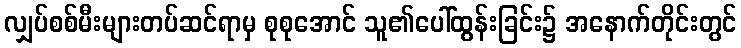
လျှပ်စစ်မီးများတပ်ဆင်ရာမှ စုစုအောင် သူ၏ပေါ်ထွန်းခြင်း၌ အနောက်တိုင်းတွင်